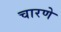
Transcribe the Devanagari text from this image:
चारणे